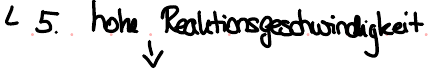
5. hohe Reaktionsgeschwindigkeit